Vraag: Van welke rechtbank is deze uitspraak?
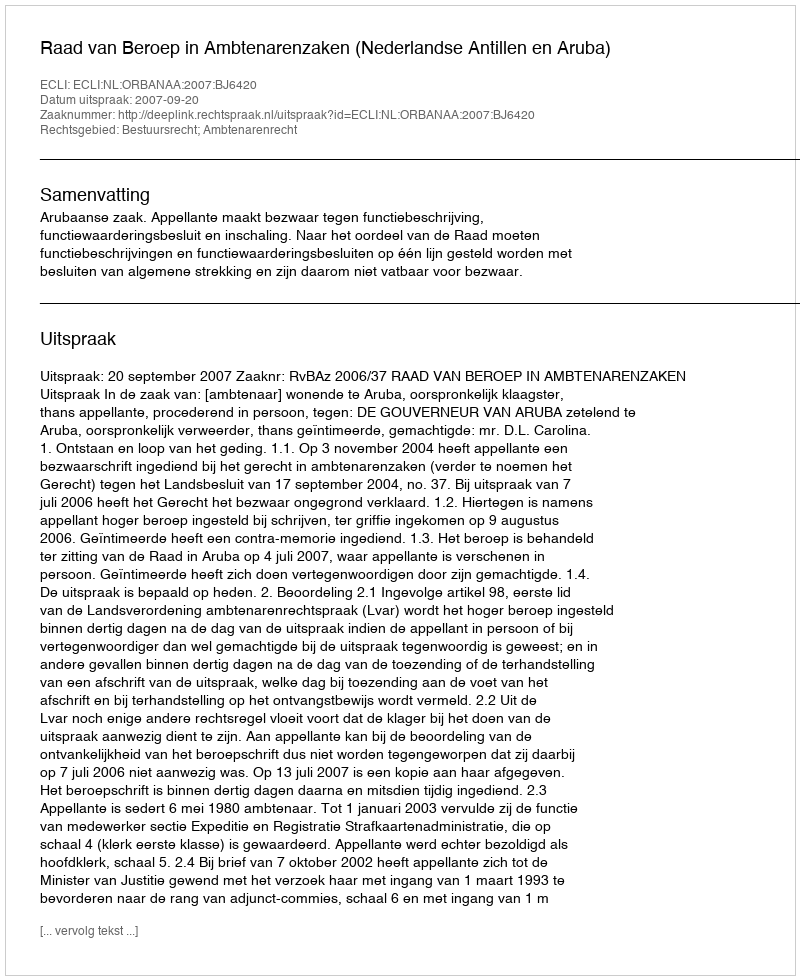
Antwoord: Raad van Beroep in Ambtenarenzaken (Nederlandse Antillen en Aruba)